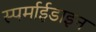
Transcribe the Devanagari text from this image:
स्पर्माईडाइन